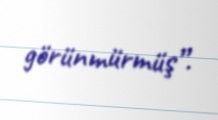
görünmürmüş”.